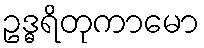
ဥဒ္ဓရိတုကာမော